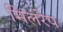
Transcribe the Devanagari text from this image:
मिलरेप